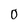
Character: 0